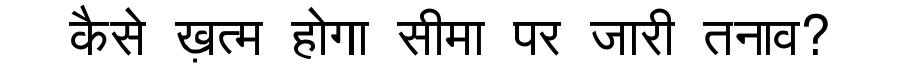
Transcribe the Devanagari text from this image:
कैसे ख़त्म होगा सीमा पर जारी तनाव?